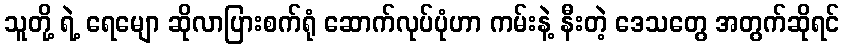
သူတို့ ရဲ့ ရေမျော ဆိုလာပြားစက်ရုံ ဆောက်လုပ်ပုံဟာ ကမ်းနဲ့ နီးတဲ့ ဒေသတွေ အတွက်ဆိုရင်